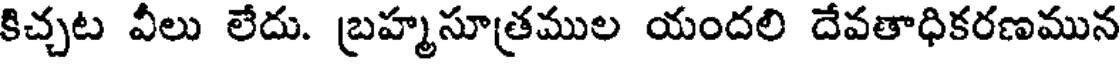
కిచ్చట వీలు లేదు. బ్రహ్మసూత్రముల యందలి దేవతాధికరణమున